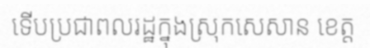
ទើបប្រជាពលរដ្ឋក្នុងស្រុកសេសាន ខេត្ត